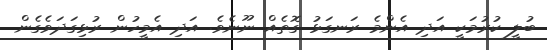
ބުލީ ކުރުމަކީ އަދި އެންމެ ރަނގަޅު ގޮތެއް ނޫނެވެ. އަދި އެމީހުން ރުޅިގަދަވެގެން